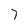
Character: 7